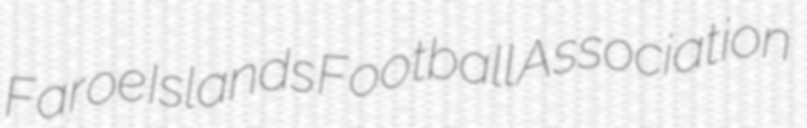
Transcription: Faroe Islands Football Association